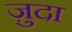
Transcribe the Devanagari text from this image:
ज़ुदा